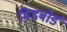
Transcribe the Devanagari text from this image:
मिडबोर्ड